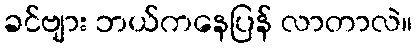
ခင်ဗျား ဘယ်ကနေပြန် လာတာလဲ။